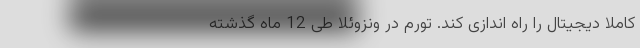
کاملاً دیجیتال را راه اندازی کند. تورم در ونزوئلا طی 12 ماه گذشته